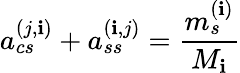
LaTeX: a_{cs}^{(j,\mathbf{i})}+a_{ss}^{(\mathbf{i},j)}=\frac{{m_{s}^{(\mathbf{i})}}}{{M_{\mathbf{i}}}}